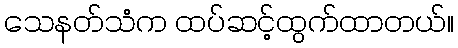
သေနတ်သံက ထပ်ဆင့်ထွက်ထာတယ်။